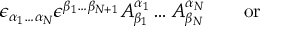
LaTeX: \epsilon _ { \alpha _ { 1 } \ldots \alpha _ { N } } \epsilon ^ { \beta _ { 1 } \ldots \beta _ { N + 1 } } A _ { \beta _ { 1 } } ^ { \alpha _ { 1 } } \ldots A _ { \beta _ { N } } ^ { \alpha _ { N } } \qquad \mathrm { o r } \qquad